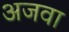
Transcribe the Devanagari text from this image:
अजवा